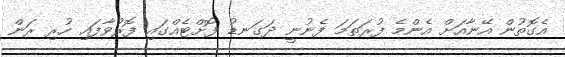
އެގޮތުން އޭނާއަށް އެންމެ ފުރަތަމަ ފެނުނީ ދަގަނޑު ފޮށްޓެއްގައި ފޮރުވާފައި ހުރި ރަން